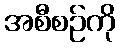
အစီစဉ်ကို